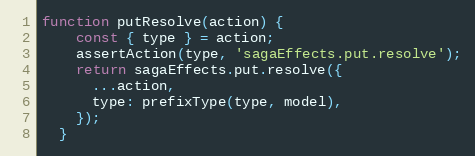
Language: JavaScript
function putResolve(action) {
    const { type } = action;
    assertAction(type, 'sagaEffects.put.resolve');
    return sagaEffects.put.resolve({
      ...action,
      type: prefixType(type, model),
    });
  }